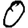
Digit: 0